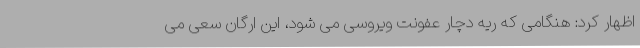
اظهار کرد: هنگامی که ریه دچار عفونت ویروسی می شود، این ارگان سعی می